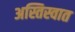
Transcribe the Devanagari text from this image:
अस्तिस्वात